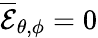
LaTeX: \mathcal{\overline{{E}}}_{\theta,\phi}=0